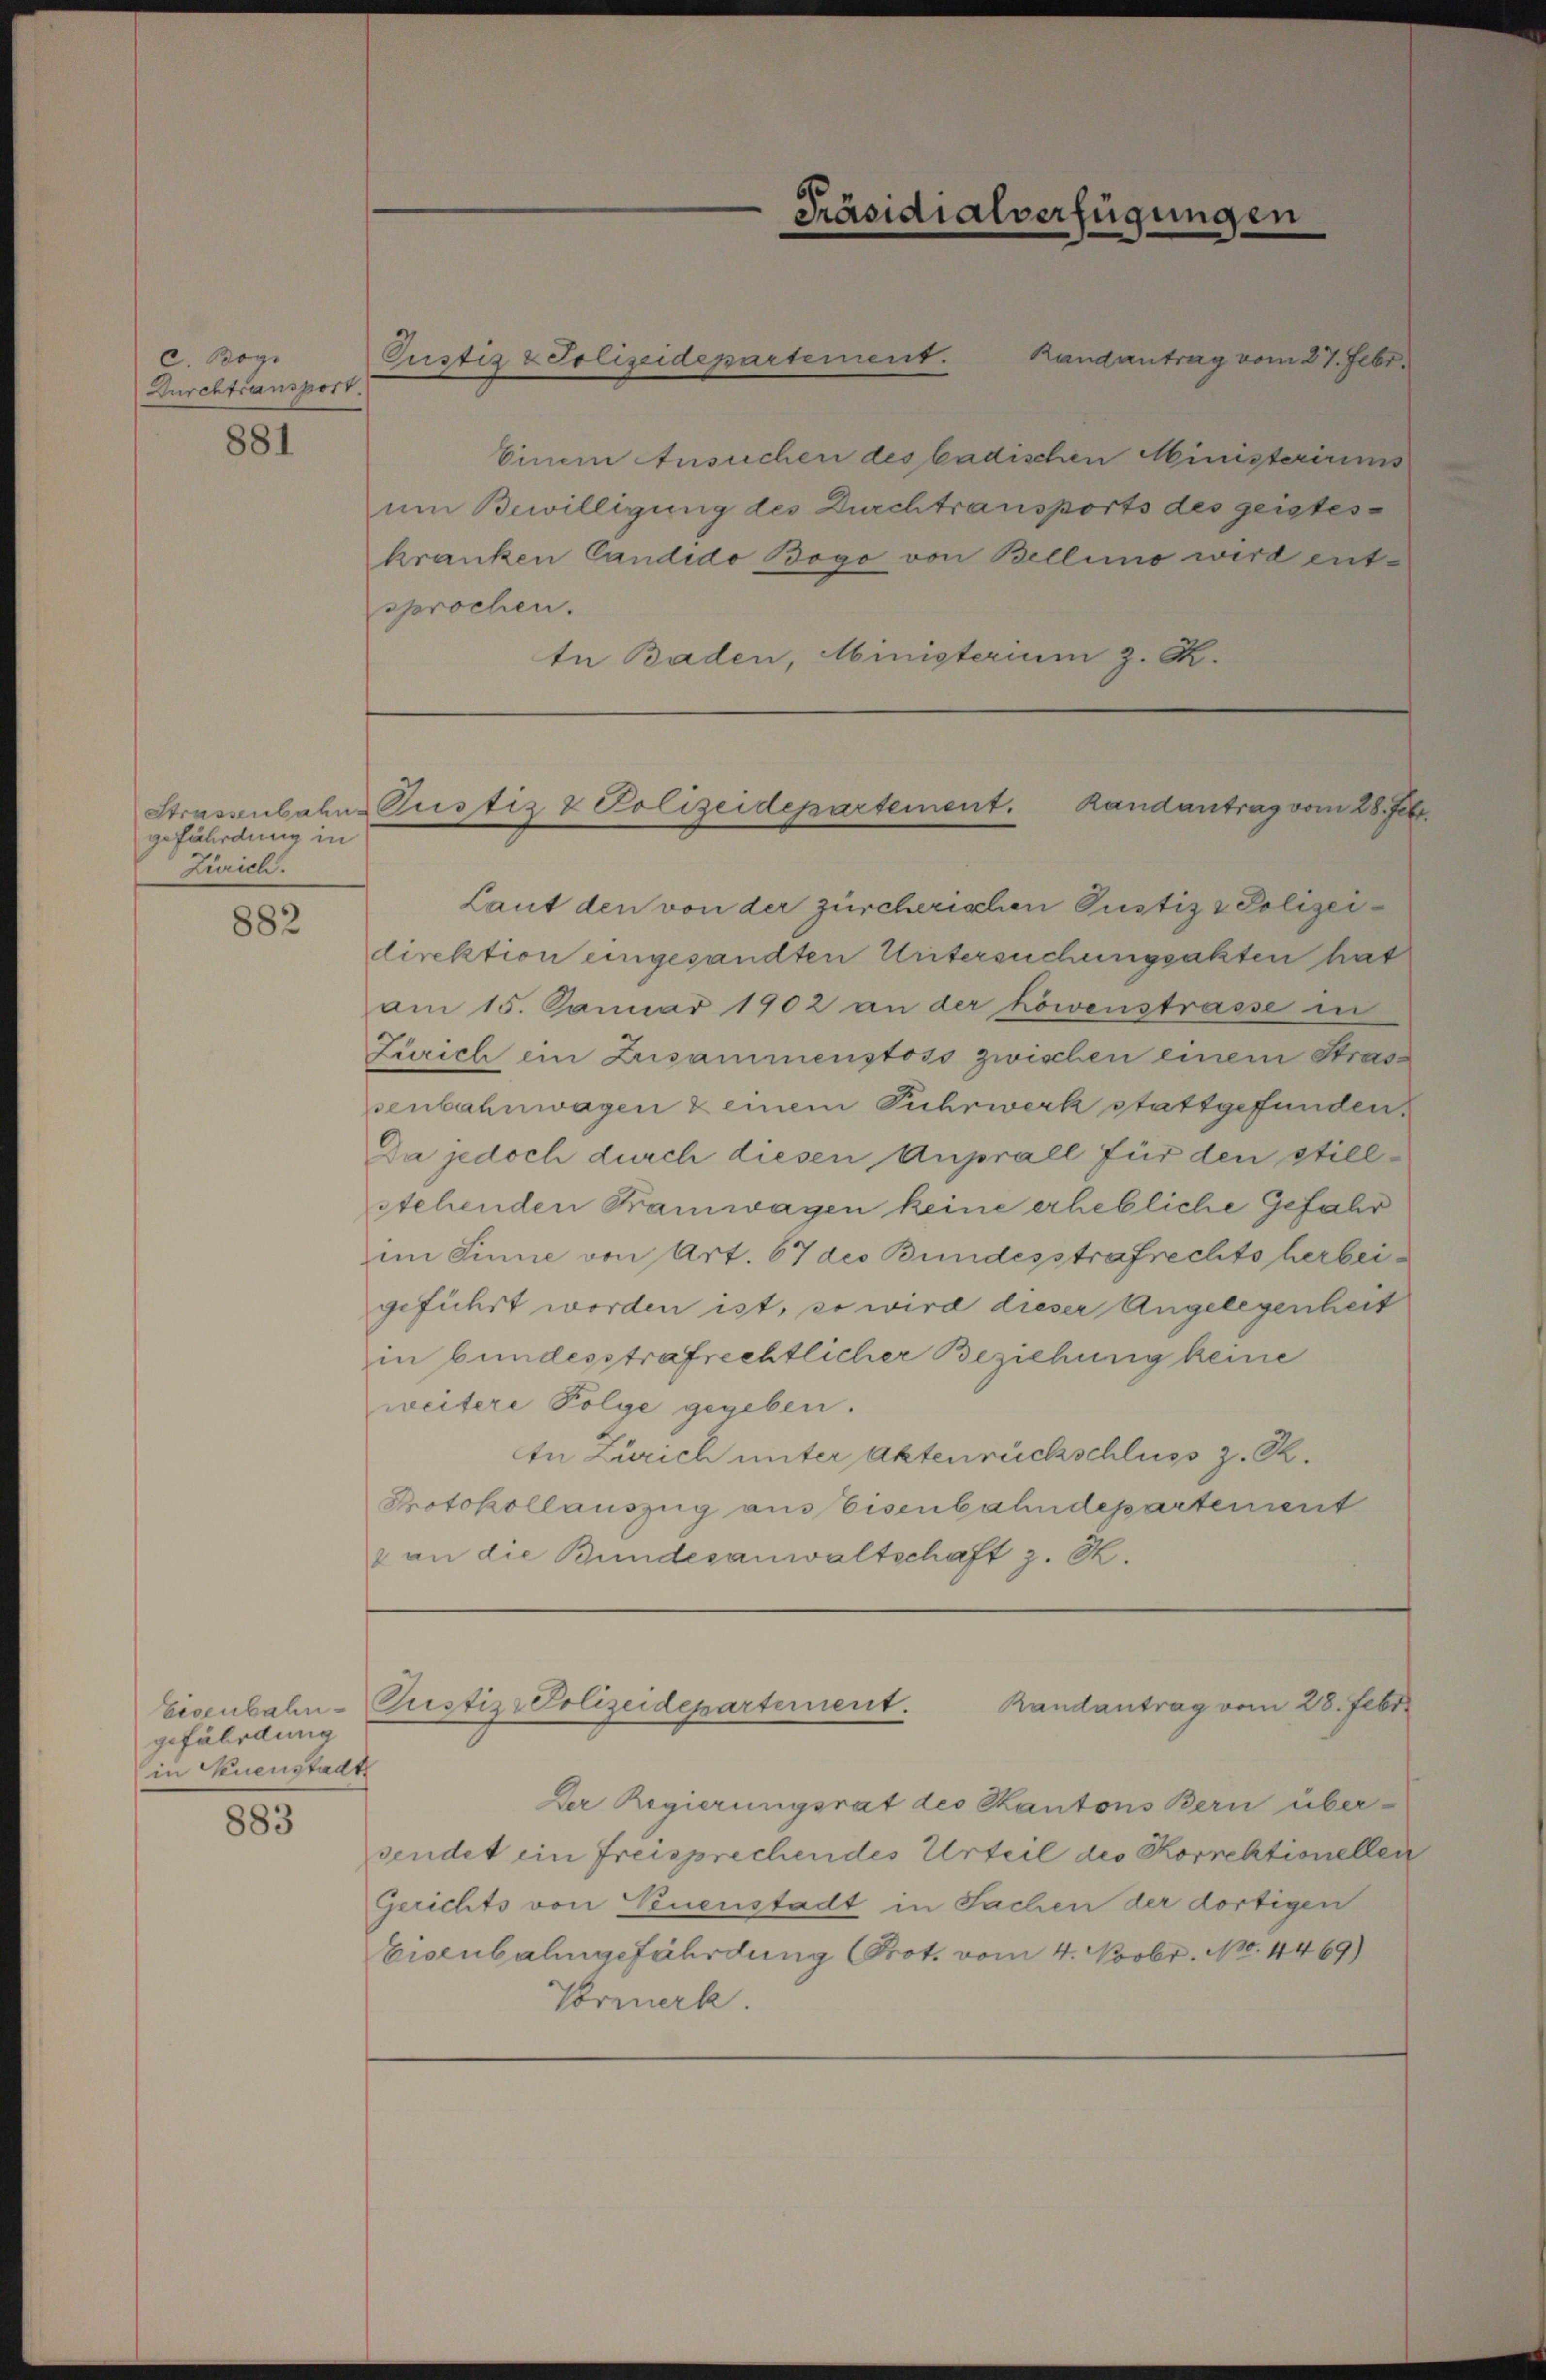
c. Bog
Durchtransport.

881

gefährdung in
Zürich.

882

gefährdung
in Neuenstadt

883

Gustiz & Polizeidepartement.

Strasenbahn Pustiz & Polizeidepartement. Randantrag vom 28. Febr.

Präsidialverfügungen

Randantrag vom 27. Febr.
Einem Ansuchen des badischen Ministeriums
um Bewilligung des Durchtransports des geisteskranken Candido Bogo von Bellino wird entsprochen.
te Baden, Ministerium z. R.

Laut den von der zürcherischen Pustiz & Polizeidirektion eingesandten Untersuchungsakten hat
am 15. Januar 1902 an der köwenstrasse in
Zürich ein Zusammenstoss zwischen einem Strassenbahnwagen & einem Fuhrwerk stattgefunden,
Da jedoch durch diesen Anprall für den stillstehenden Kramwagen keine erhebliche Gefahr
im Sinne von Art. 67 des Bundesstrafrechts herbeigeführt worden ist, so wird dieser Angelegenheit
in bundesstrafrechtlicher Beziehung keine
weitere Folge gegeben.
In Zürich unter Aktenrückschluss z. B.
Protokollauszug aus Eisenbahndepartement
& an die Bundesanwaltschaft z. R.
Randantrag vom 28. Febr.
Eisenbahn-Pustiz-Polizeidepartement.
Der Regierungsrat des Kantons Bern über-
sendet ein freisprechendes Urteil des Korrektionellen
Gerichts von Neuenstadt in Sachen der dortigen
Eisenbahngefährdung (Prot. vom 4. Novbr. 180. 4469)
Vormerk.